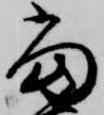
当